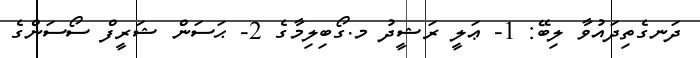
ދަނގެތިދައުވާ ލިބޭ: 1- ޢަލީ ރަޝީދު މ.ގޯބިލިމާގެ 2- ޙަސަން ޝަރީފް ސޯސަންގެ